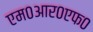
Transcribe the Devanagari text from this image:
एम०आर०एफ०